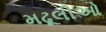
મઢૂલીઓ